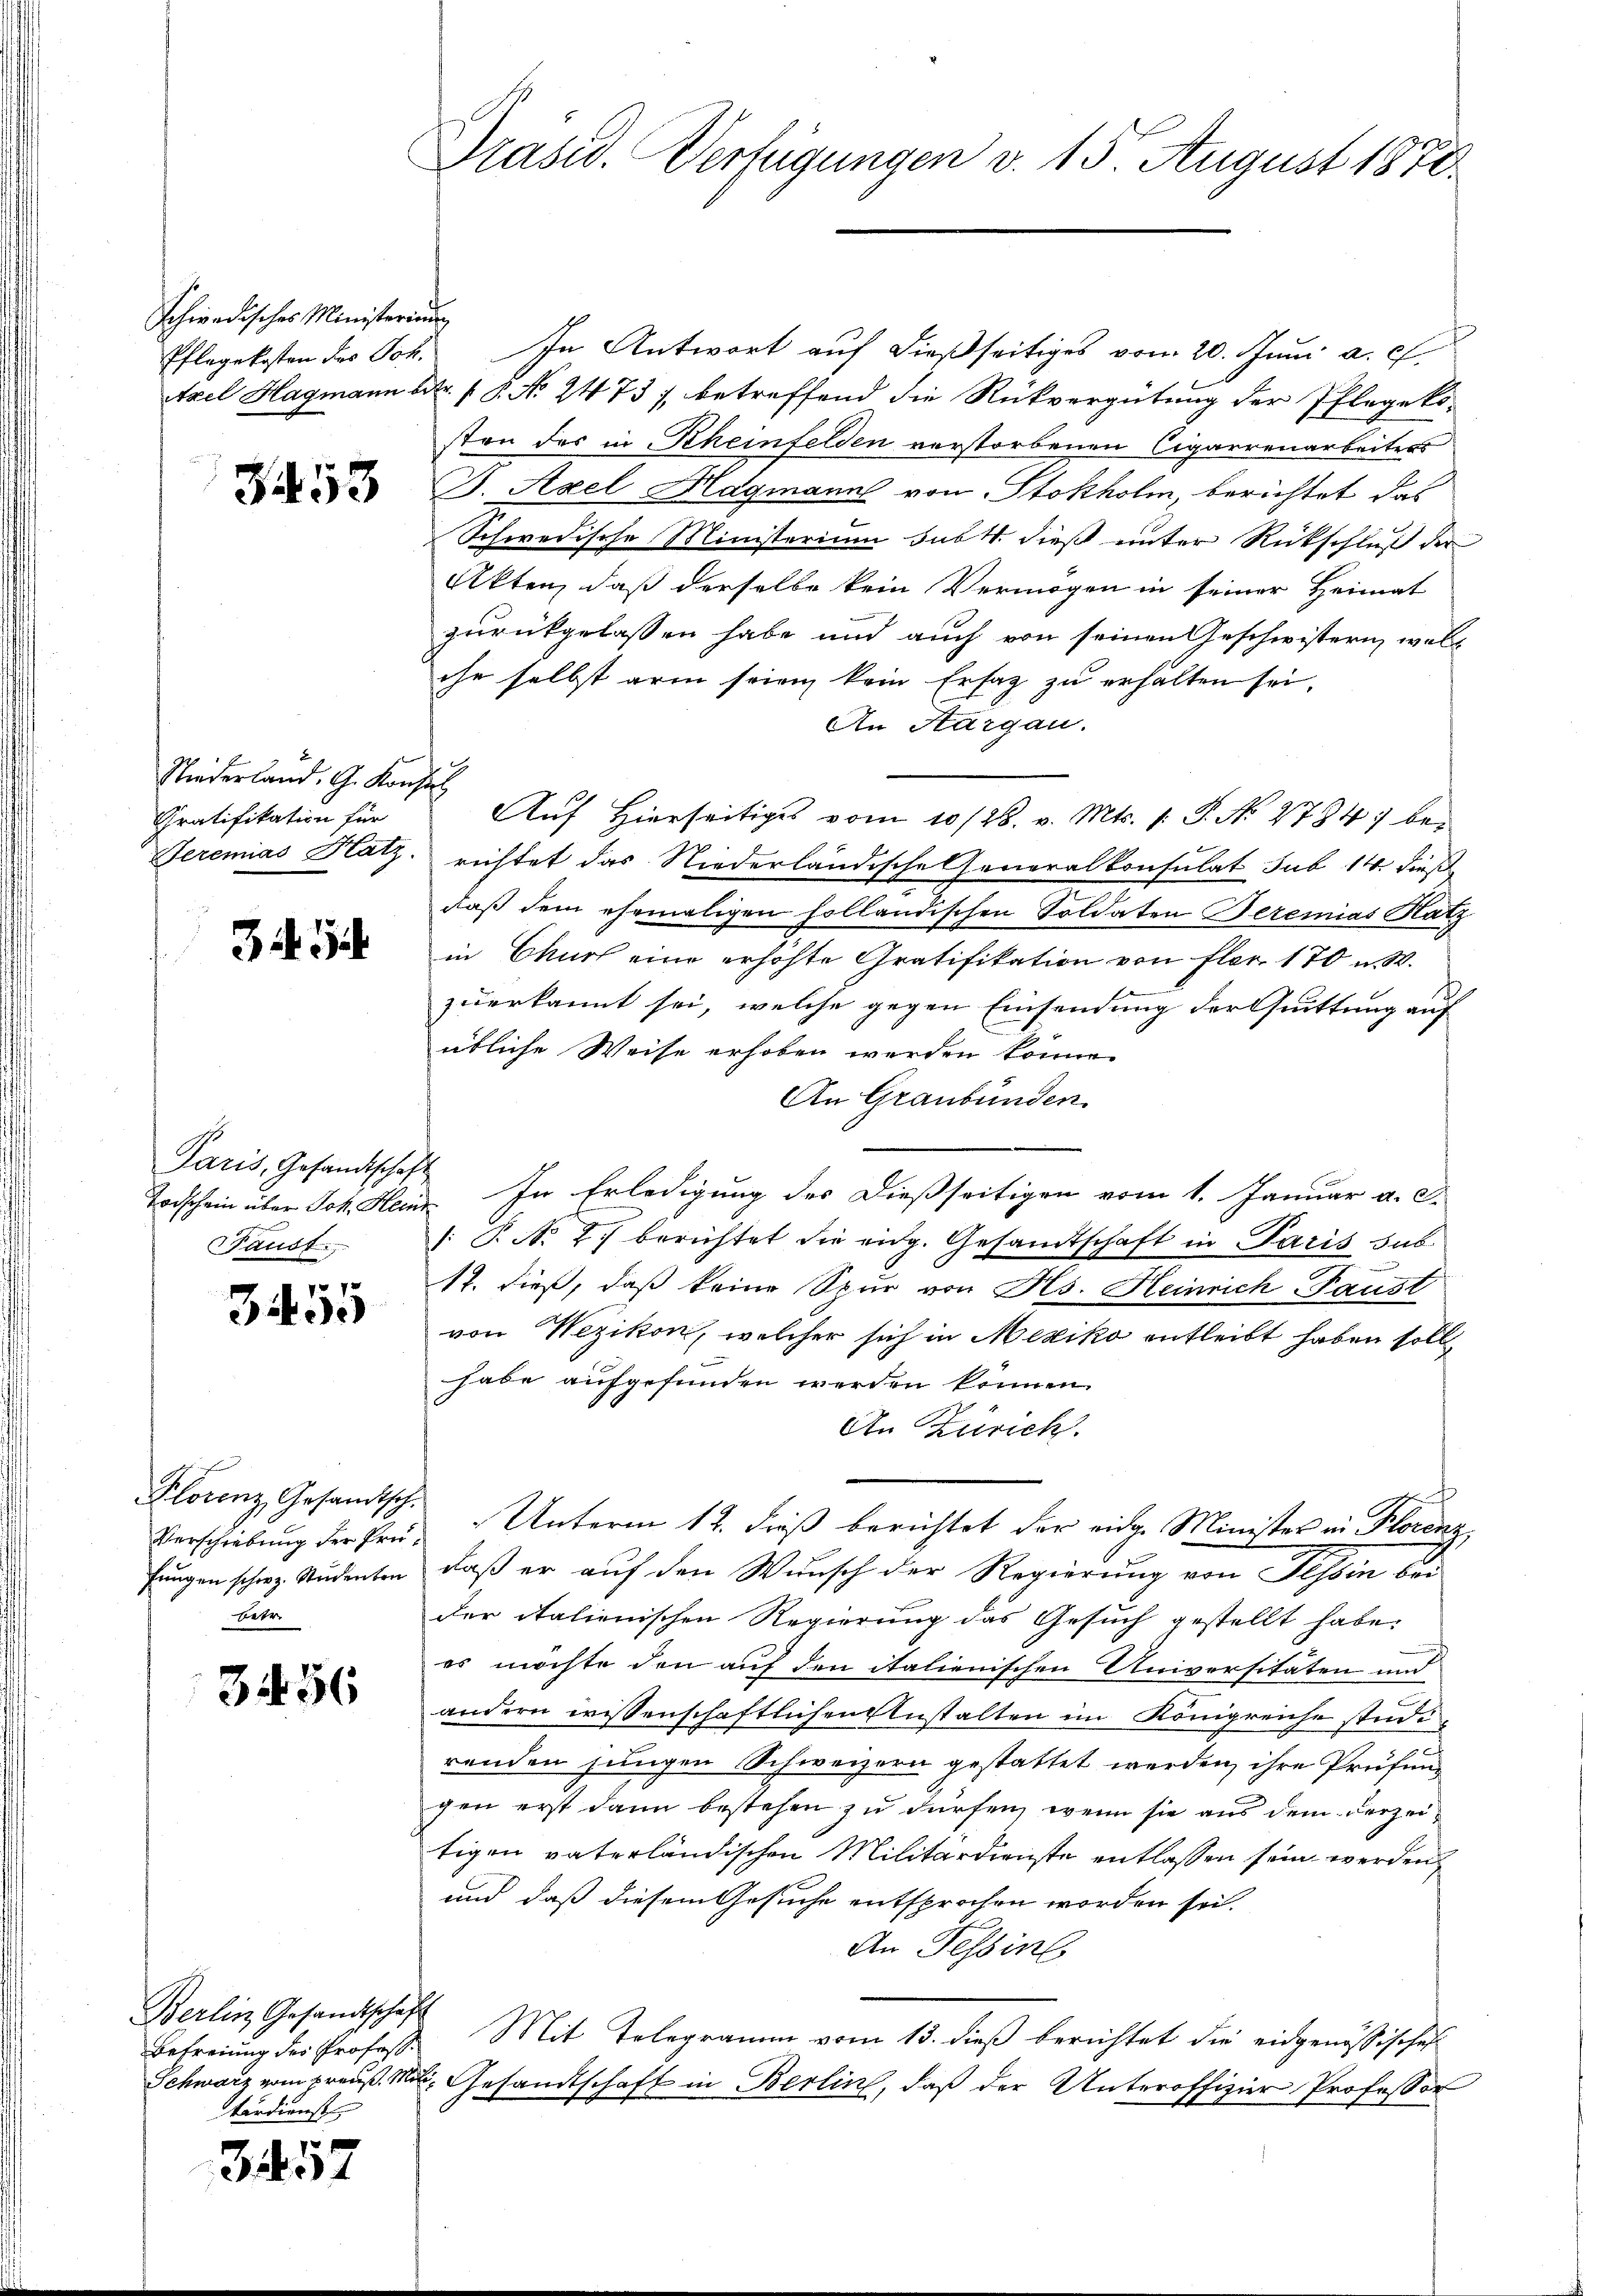
Schwadisches Ministerium

3453

Niederland. G. Konstal
Gratifikation für

349

Paris, Gesandtschaft
Paust

7x
Bilde

e
Verschiebung der Prüfungen schweiz. Studenten
betr.

3456

Berlin Gesandtschaft
Befreiung des Profess.
kandienst

357

Präsid. Verfügungen v. 15. August 1870.

Pflegekosten des Joh. In Antwort auf dießseitiges vom 20. Juni a. c.
tzel Hagmann Fr. 18. No 2473), betreffend die Rückvergütung der Pflegeko-
ston des in Rheinfelden verstorbenen Cigarrenarbeiters
J. Axel Hagmann von Stokholm, berichtet das
Schwedische Ministerium subt dieß unter Rückschluß der
Akten, daß derselbe kein Vermögen in seiner Heimat
zurückgelassen habe und auch von seinen Geschwistern, welche selbst arm seien kein Ersatz zu erhalten sei.
An Aargau.
Auf Hierseitiges vom 10/26. v. Mts. 1. P. Nr. 2784; bei
Seremias Hatz, richtet das Niederländische Generalkonsulat sub 14. dieße
daß dem ehemaligen holländischen Soldaten Beremias Hatz
in Churf eine erhöhte Gratifikation von fler. 170 u. W.
zuerkannt sei, welche gegen Einsendung der Quittung auf
übliche Weise erhoben werden könne.
An Graubünden
Todschein über Joh. Hein. In Erledigung des dießseitigen vom 1. Januar a. c.
: P. No. 2.) berichtet die eidg. Gesandtschaft in Paris sub
17. dieß, daß keine Spur von Hs. Heinrich Paust
von Wezikon, welcher sich in Mexiko entleibt haben soll,
habe aufgefunden werden können.
An Zürich.
c
Florenz Gesandtsch. Unterm 12. dieß berichtet der eidge Minister in Florenz
daß er auf den Wunsch der Regierung von Tessin bei
der italienischen Regierung das Gesuch gestellt habe.
es möchte den auf den italienischen Universitäten und
andern wissenschaftlichen Anstalten im Königreiche studirenden jungen Schweizern gestattet werden, ihre Prüfung
gen erst dann bestehen zu dürfen, wenn sie aus dem derzei
tigen vaterländischen Militärdienste entlassen sein werden
und daß diesem Gesuche entsprochen worden sei.
An Tessin.
Mit Telegramm vom 13. dieß berichtet die eidgenössisches
Schwarz vom preuß. Mit Gesandtschaft in Berlin, daß der Unteroffizier Professor